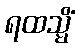
ရထသ္မိံ